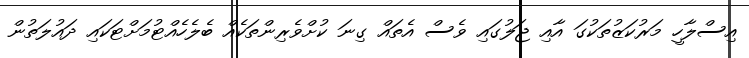
އިސްލާހީ މަރުކަޒުތަކުގަ އާއި ޖަލުގައި ވެސް އެތައް ގިނަ ކުށްވެރިންތަކެއް ބެލެހެއްޓުމަށްޓަކައި ދައުލަތުން